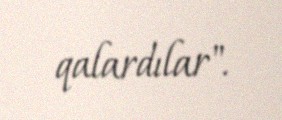
qalardılar".